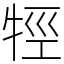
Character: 牼